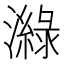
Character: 𤀼